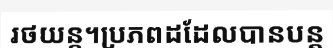
រថយន្ត។ប្រភពដដែលបានបន្ត